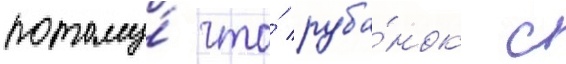
потому́ что́ руба́нок с